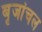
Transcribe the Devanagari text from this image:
बृजांचल